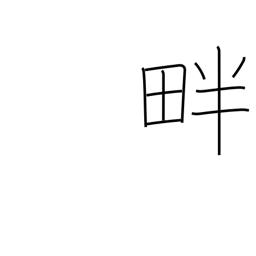
Meaning: levee